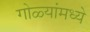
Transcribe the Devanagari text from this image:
गोळ्यांमध्ये